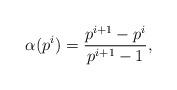
LaTeX: \begin{align*}\alpha(p^i)=\frac{p^{i+1}-p^{i}}{p^{i+1}-1},\end{align*}